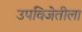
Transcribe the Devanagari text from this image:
उपविजेतीला